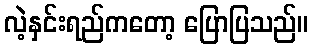
လဲ့နှင်းရည်ကတော့ ပြောပြသည်။